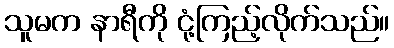
သူမက နာရီကို ငုံ့ကြည့်လိုက်သည်။